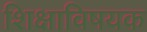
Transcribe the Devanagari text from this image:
शिक्षाविषयक